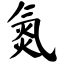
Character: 氮